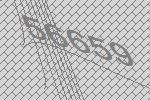
56659